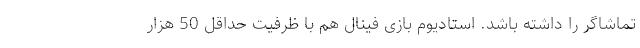
تماشاگر را داشته باشد. استادیوم بازى فینال هم با ظرفیت حداقل 50 هزار